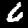
Label: 6